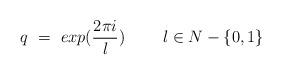
LaTeX: \begin{align*} q~=~exp(\frac{2 \pi i}{l})~~~~~~~ l \in N -\{0,1\}\end{align*}